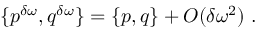
\{ p ^ { \delta \omega } , q ^ { \delta \omega } \} = \{ p , q \} + O ( \delta \omega ^ { 2 } ) \ .